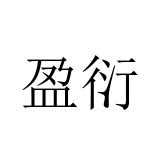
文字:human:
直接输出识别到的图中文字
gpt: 盈衍